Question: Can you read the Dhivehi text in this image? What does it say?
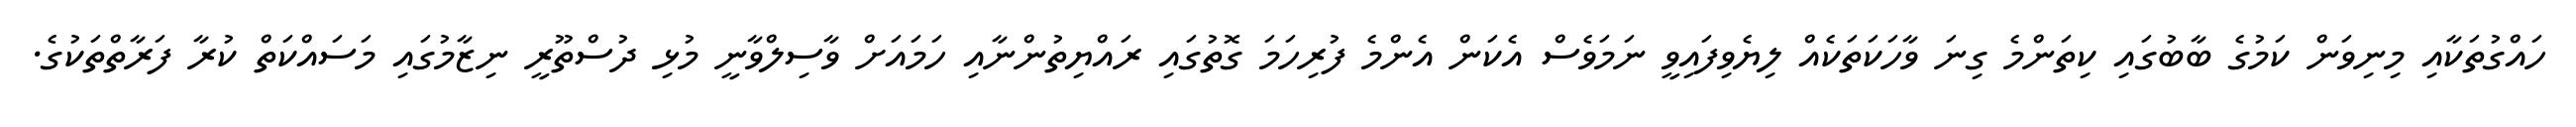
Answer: ހައްގުތަކާއި މިނިވަން ކަމުގެ ބާބުގައި ކިތަންމެ ގިނަ ވާހަކަތަކެއް ލިޔެވިފައިވީ ނަމަވެސް އެކަން އެންމެ ފުރިހަމަ ގޮތުގައި ރައްޔިތުންނާއި ހަމައަށް ވާސިލްވާނީ މުޅި ދުސްތޫރީ ނިޒާމުގައި މަސައްކަތް ކުރާ ފަރާތްތަކުގެ.